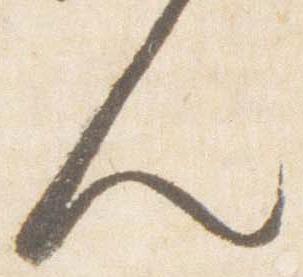
人